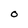
Character: O